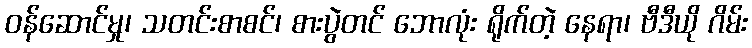
ဝန်ဆောင်မှု၊ သတင်းစာစင်၊ စားပွဲတင် ဘောလုံး ရိုက်တဲ့ နေရာ၊ ဗီဒီယို ဂိမ်း